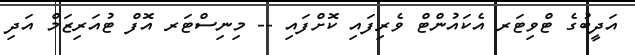
އަދީބުގެ ޓްވިޓަރ އެކައުންޓް ވެރިފައި ކޮށްފައި -- މިނިސްޓަރ އޮފް ޓުއަރިޒަމް އަދި